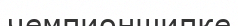
чемпионшипке